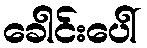
ခေါင်းပေါ်